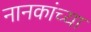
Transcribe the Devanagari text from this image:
नानकांच्या